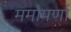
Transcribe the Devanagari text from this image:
ममापर्णा